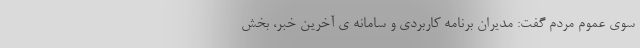
سوی عموم مردم گفت: مدیران برنامه کاربردی و سامانه ی آخرین خبر، بخش